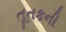
તૂતકની